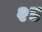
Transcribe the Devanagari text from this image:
२ड